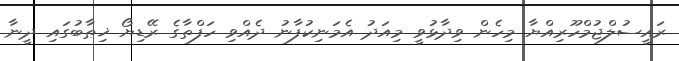
ރައީސުލްޖުމްހޫރިއްޔާ މިހެން ވިދާޅުވީ މިއަދު އެމަނިކުފާނު ދެއްވި ހަފްތާގެ ރޭޑިޔޯ ޚިޠާބުގައި ދީނާ